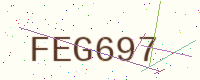
Text: FEG697